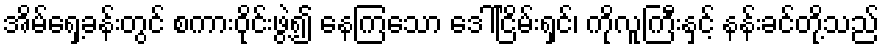
အိမ်ရှေ့ခန်းတွင် စကားဝိုင်းဖွဲ့၍ နေကြသော ဒေါ်ငြိမ်းရှင်၊ ကိုလူကြီးနှင့် နန်းခင်တို့သည်